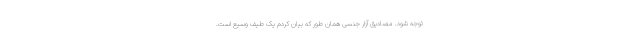
توجه شود. مصادیق آزار جنسی همان طور که بیان کردم یک طیف وسیع است.